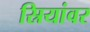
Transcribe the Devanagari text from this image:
स्रियांवर